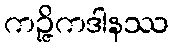
ကဉ္ဇိကဒါနဿ